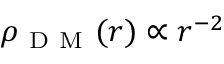
\rho _ { \mathrm { ~ D ~ M ~ } } ( r ) \propto r ^ { - 2 }